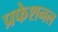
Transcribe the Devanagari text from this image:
प्रफेशनल